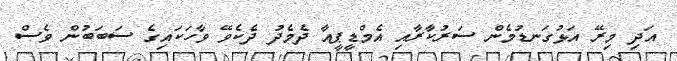
އަދި މިރޭ އަޅުގަނޑުމެން ސަރުކާރާއި އެމްޑީޕީއާ ދެމެދު ދެކެވޭ ވާހަކައިގެ ސަބަބުން ވެސް